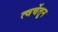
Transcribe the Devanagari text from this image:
त्वचेंतून